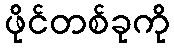
ဖိုင်တစ်ခုကို